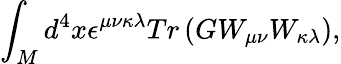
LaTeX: \int_{M}d^{4}x\epsilon^{\mu\nu\kappa\lambda}Tr\left(GW_{\mu\nu}W_{\kappa\lambda}\right),